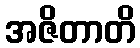
အဇိတာတိ